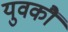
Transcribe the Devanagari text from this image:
युवकौं